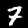
Digit: 7